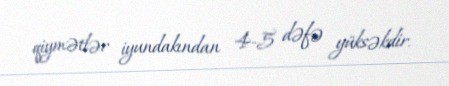
qiymətlər iyundakından 4-5 dəfə yüksəkdir.